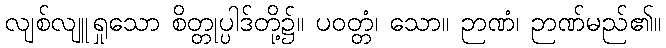
လျစ်လျူရှုသော စိတ္တုပ္ပါဒ်တို့၌။ ပဝတ္တံ၊ သော။ ဉာဏံ၊ ဉာဏ်မည်၏။